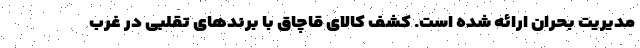
مدیریت بحران ارائه شده است. کشف کالای قاچاق با برندهای تقلبی در غرب